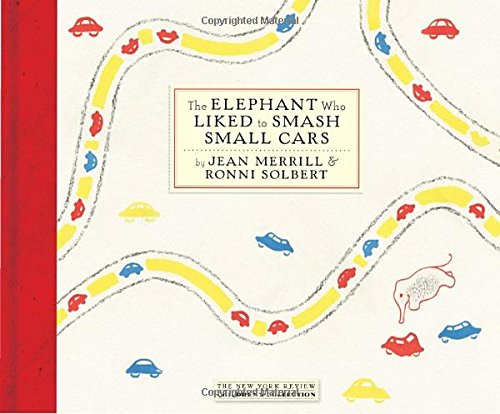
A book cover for The Elephant Who Liked to Smash Small Cars; Jean Merrill; Children's Books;